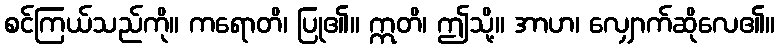
စင်ကြယ်သည်ကို။ ကရောတိ၊ ပြု၏။ ဣတိ၊ ဤသို့။ အာဟ၊ လျှောက်ဆိုလေ၏။